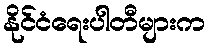
နိုင်ငံရေးပါတီများက